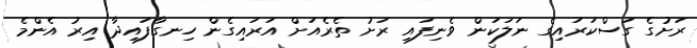
ރަށުގެ ގަސްކަރައިގެ ނަލަކަން ވެނިފައި ރަށު ތެރެއަށް އަރައިގެން ހިނގާފައިދާ އިރު އެންމެ